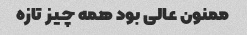
ممنون عالی بود همه چیز تازه